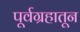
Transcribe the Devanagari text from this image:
पूर्वग्रहातून